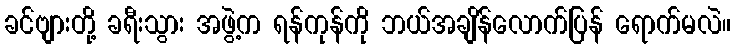
ခင်ဗျားတို့ ခရီးသွား အဖွဲ့က ရန်ကုန်ကို ဘယ်အချိန်လောက်ပြန် ရောက်မလဲ။